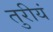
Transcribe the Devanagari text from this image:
तुरीयं